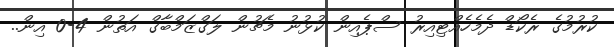
ކުރުމުގެ ރެކޯޑް ދެމެހެއްޓިއިރު ސްޕެއިން ކުޅުނު މެޗުން ލަގްޒަމްބާގް އަތުން 4-0 އިން..